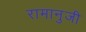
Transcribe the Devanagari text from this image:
रामानुजी